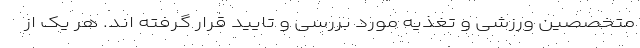
متخصصین ورزشی و تغذیه مورد بررسی و تایید قرار گرفته اند. هر یک از